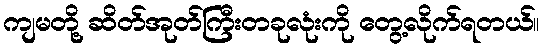
ကျမတို့ ဆိတ်အုတ်ကြီးတခုလုံးကို တွေ့လိုက်ရတယ်။